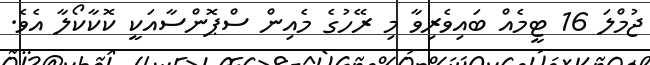
ޖުމްލަ 16 ޓީމެއް ބައިވެރިވާ މި ރޭހުގެ މެއިން ސްޕޮންސާއަކީ ކޮކާކޯލާ އެވެ.